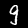
Label: 9